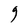
Character: g